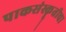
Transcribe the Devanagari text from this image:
पाकसंस्कॄतीचा